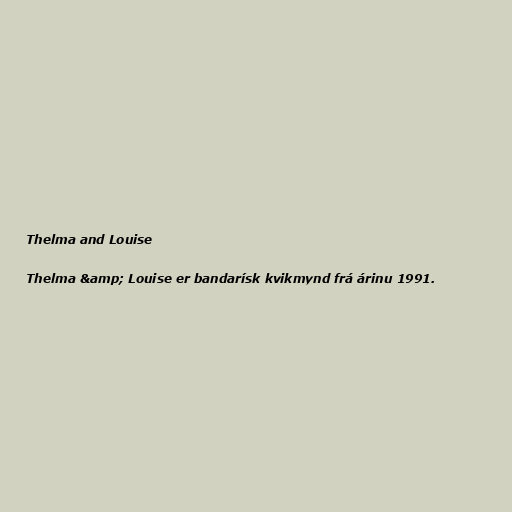
Thelma and Louise

Thelma &amp; Louise er bandarísk kvikmynd frá árinu 1991.